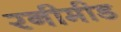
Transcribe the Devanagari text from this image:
रनीमीड